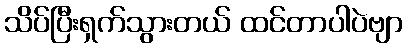
သိပ်ပြီးရှက်သွားတယ် ထင်တာပါပဲဗျာ